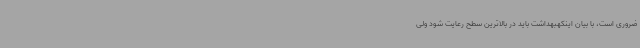
ضروری است، با بیان اینکهبهداشت باید در بالاترین سطح رعایت شود ولی